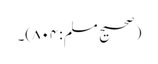
(صحیح مسلم:۸۰۴)۔